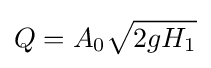
Q=A_{0}{\sqrt {2gH_{1}}}